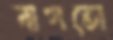
বাগতো